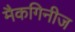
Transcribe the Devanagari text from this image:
मैकगिनीज